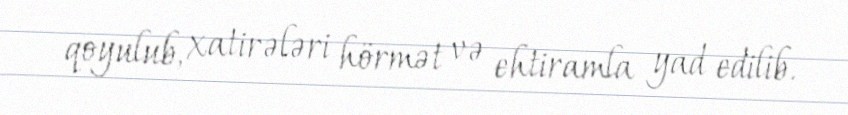
qoyulub, xatirələri hörmət və ehtiramla yad edilib.